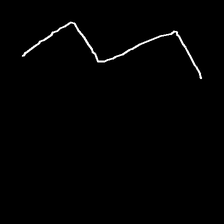
Glyph: crush